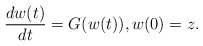
\begin{align*}\frac{dw(t)}{dt}=G(w(t)),w(0)=z.\end{align*}